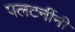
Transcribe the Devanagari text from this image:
पलटनींनी